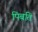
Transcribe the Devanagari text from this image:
पिबति